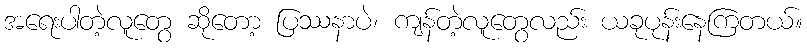
အရေးပါတဲ့လူတွေ ဆိုတော့ ပြဿနာပဲ၊ ကျန်တဲ့လူတွေလည်း ယခုပုန်းနေကြတယ်။